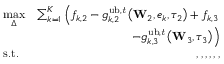
\begin{array} { r l r } & { \underset { \Delta } { \operatorname* { m a x } } } & { \sum _ { k = 1 } ^ { K } \left( f _ { k , 2 } - g _ { k , 2 } ^ { \mathrm { u b , \it t } } \left( \mathbf W _ { 2 } , e _ { k } , \tau _ { 2 } \right) + f _ { k , 3 } \right. } \\ & { } & { \left. - g _ { k , 3 } ^ { \mathrm { u b , \it t } } \left( \mathbf W _ { 3 } , \tau _ { 3 } \right) \right) } \\ & { \mathrm { s . t . } } & { , , , , , , } \end{array}